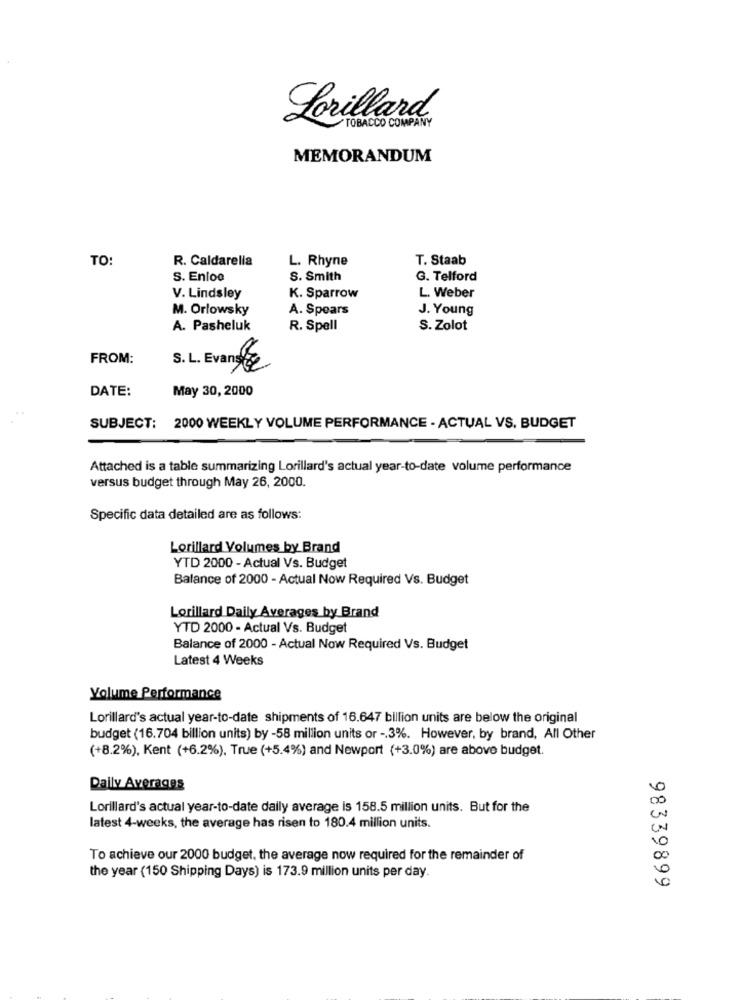
Lorillard
TOBACCO COMPANY
MEMORANDUM
TO:
R. Caldarella
L. Rhyne
T. Staab
S. Enloo
S. Smith
G. Telford
V. Lindsley
K. Sparrow
L. Weber
M. Orlowsky
A. Spears
J. Young
A. Pasheluk
R. Spell
S. Zolot
FROM:
S. L. Evans €
DATE:
May 30, 2000
SUBJECT: 2000 WEEKLY VOLUME PERFORMANCE - ACTUAL VS. BUDGET
Attached is a table summarizing Lorillard's actual year-to-date volume performance
versus budget through May 26, 2000.
Specific data detailed are as follows:
Lorillard Volumes by Brand
YTD 2000 - Actual Vs. Budget
Balance of 2000 - Actual Now Required Vs. Budget
Lorillard Daily Averages by Brand
YTD 2000 - Actual Vs. Budget
Balance of 2000 - Actual Now Required Vs. Budget
Latest 4 Weeks
Yolume Performance
Lorillard's actual year-to-date shipments of 16.647 billion units are below the original
budget (16.704 billion units) by -58 million units or -, 3%. However, by brand, All Other
(+8.2%), Kent (+6.2%). True (+5.4%) and Newport (+3.0%) are above budget.
Daily Averages
Lorillard's actual year-to-date daily average is 158.5 million units. But for the
latest 4-weeks, the average has risen to 180.4 million units.
To achieve our 2000 budget, the average now required for the remainder of
the year (150 Shipping Days) is 173.9 million units per day.
98339899